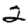
Digit: 2